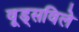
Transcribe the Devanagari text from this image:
वूड्सविले